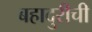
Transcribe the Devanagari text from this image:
बहादुरीची